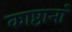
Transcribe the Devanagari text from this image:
काष्ठानां